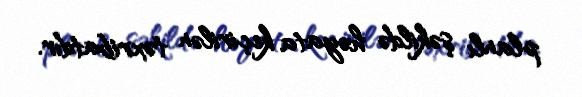
planlı şəkildə həyata keçirilən təxribatdır.